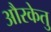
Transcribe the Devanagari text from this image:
औरकेतु